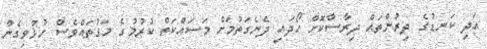
އަދި ކަނޑުގެ ދިރުންތައް ދިރާސާކޮށް ހޯދައި ދެނެގަތުމަށް މަސައްކަތް ކުރުމުގެ މަގުތައްވެސް ހުޅުވިގެން